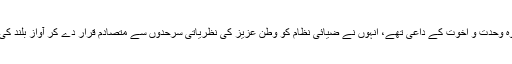
وہ وحدت و اخوت کے داعی تھے، انہوں نے ضیائی نظام کو وطن عزیز کی نظریاتی سرحدوں سے متصادم قرار دے کر آواز بلند کی۔